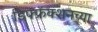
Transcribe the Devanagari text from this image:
डिफ्फ्रॅक्शनच्या